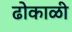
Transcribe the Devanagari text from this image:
ढोकाळी